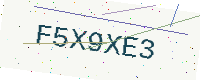
Text: F5X9XE3